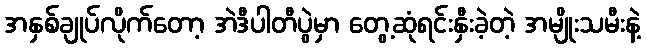
အနှစ်ချုပ်လိုက်တော့ အဲဒီပါတီပွဲမှာ တွေ့ဆုံရင်းနှီးခဲ့တဲ့ အမျိုးသမီးနဲ့